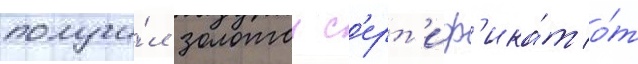
получи́л золотои с'ерт'иф'ика́т о́т